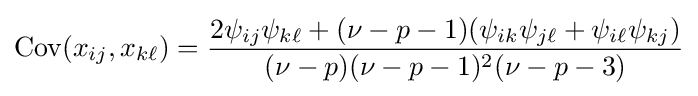
\operatorname {Cov} (x_{ij},x_{k\ell })={\frac {2\psi _{ij}\psi _{k\ell }+(\nu -p-1)(\psi _{ik}\psi _{j\ell }+\psi _{i\ell }\psi _{kj})}{(\nu -p)(\nu -p-1)^{2}(\nu -p-3)}}